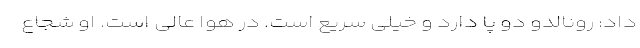
داد: رونالدو دو پا دارد و خیلی سریع است. در هوا عالی است. او شجاع